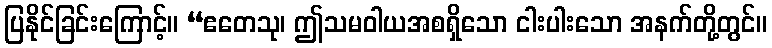
ပြနိုင်ခြင်းကြောင့်။ “ဧတေသု၊ ဤသမဝါယအစရှိသော ငါးပါးသော အနက်တို့တွင်။